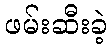
ဖမ်းဆီးခဲ့